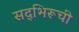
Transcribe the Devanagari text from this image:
सद्‌भिरूची